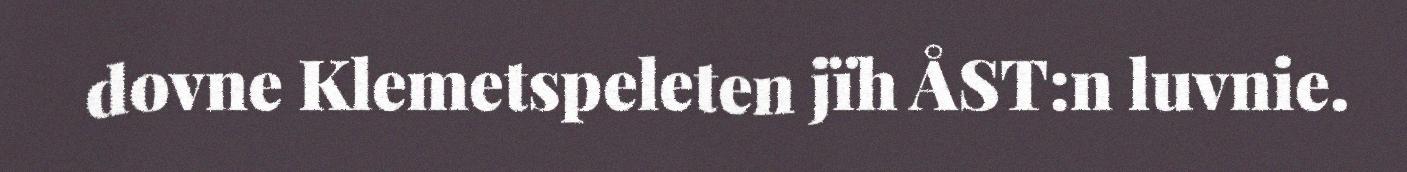
dovne Klemetspeleten jïh ÅST:n luvnie.